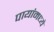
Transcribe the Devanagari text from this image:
पायांमध्ये